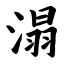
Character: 溻